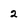
Character: 2